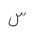
Letter: _sin